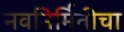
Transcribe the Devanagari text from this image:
नवनिर्मितीचा